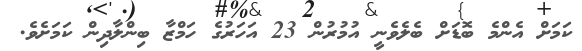
ކަމަށް އެންމެ ބޮޑަށް ބެލެވެނީ އުމުރުން 23 އަހަރުގެ ހަމްޒާ ބިންލާދިން ކަމަށެވެ.